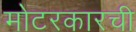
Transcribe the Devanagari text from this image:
मोटरकारची